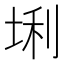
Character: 𪣛